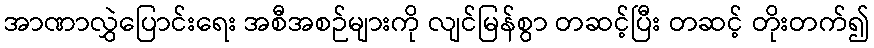
အာဏာလွှဲပြောင်းရေး အစီအစဉ်များကို လျင်မြန်စွာ တဆင့်ပြီး တဆင့် တိုးတက်၍